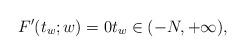
LaTeX: \begin{align*} F'(t_w; w) = 0 t_w \in (-N, +\infty),\end{align*}